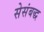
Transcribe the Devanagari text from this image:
सेसंबद्ध